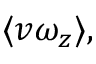
\langle v \omega _ { z } \rangle ,